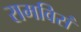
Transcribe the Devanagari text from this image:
रामविसं